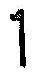
1